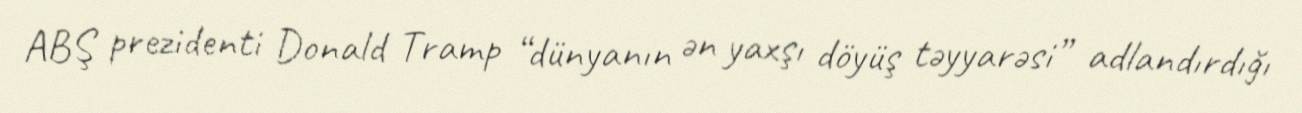
ABŞ prezidenti Donald Tramp “dünyanın ən yaxşı döyüş təyyarəsi” adlandırdığı